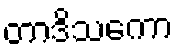
တာဒိသကော